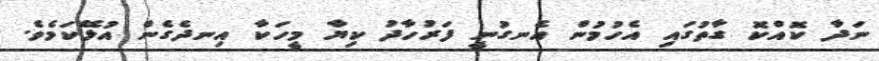
ނަދާ ކޮއްކޮ ގާތުގައި އެހުމުން އެނގުނީ ފަރުހާދު ކިޔާ މީހަކާ އިނދެގެން އުޅޭކަމެވެ.